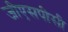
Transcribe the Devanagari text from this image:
जीएसपीसी